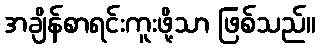
အချိန်စာရင်းကူးဖို့သာ ဖြစ်သည်။